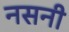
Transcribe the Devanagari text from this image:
नसनी